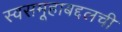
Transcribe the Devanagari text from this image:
स्वसमूहाबद्दलची